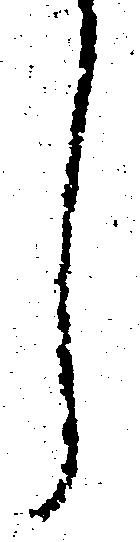
し